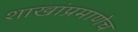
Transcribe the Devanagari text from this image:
शाखांप्रमाणेच